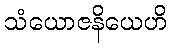
သံယောဇနိယေဟိ